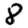
Digit: 8